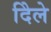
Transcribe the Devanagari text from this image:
दिेले